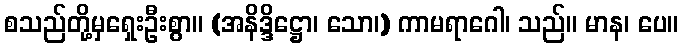
စသည်တို့မှရှေးဦးစွာ။ (အနိဒ္ဒိဋ္ဌော၊ သော၊) ကာမရာဂေါ၊ သည်။ မာန၊ ပေ။